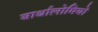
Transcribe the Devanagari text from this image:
बार्थालोमियो